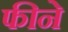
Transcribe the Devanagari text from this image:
फीने